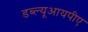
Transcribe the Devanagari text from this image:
डब्ल्यूआयपीए